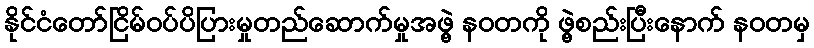
နိုင်ငံတော်ငြိမ်ဝပ်ပိပြားမှုတည်ဆောက်မှုအဖွဲ့ နဝတကို ဖွဲ့စည်းပြီးနောက် နဝတမှ